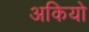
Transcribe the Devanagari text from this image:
अकियो